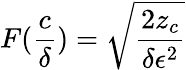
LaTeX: F(\frac{c}{\delta})=\sqrt{\frac{2z_{c}}{\delta\epsilon^{2}}}